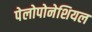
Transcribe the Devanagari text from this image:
पेलोपोनेशियल